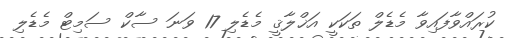
ކުރައްވާފައިވާ މެޑެލް ތަކަކީ އަޚްލާޤީ މެޑެލި 17 ވަނަ ސާކް ސަމިޓް މެޑެލި